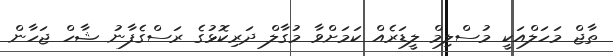
ތާޖް މަހަލްއަކީ މުސްލިމް ލީޑަރެއް ކަމަށްވާ މުގާލް ދަރިކޮޅުގެ ރަސްގެފާނު ޝާހް ޖަހާން